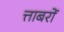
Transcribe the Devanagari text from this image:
त्ताबरों